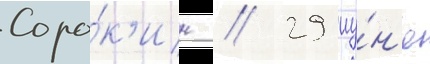
Соро́к'ин // 29 иу́н'я